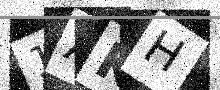
Text: 1AKH